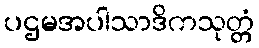
ပဌမအပါသာဒိကသုတ္တံ